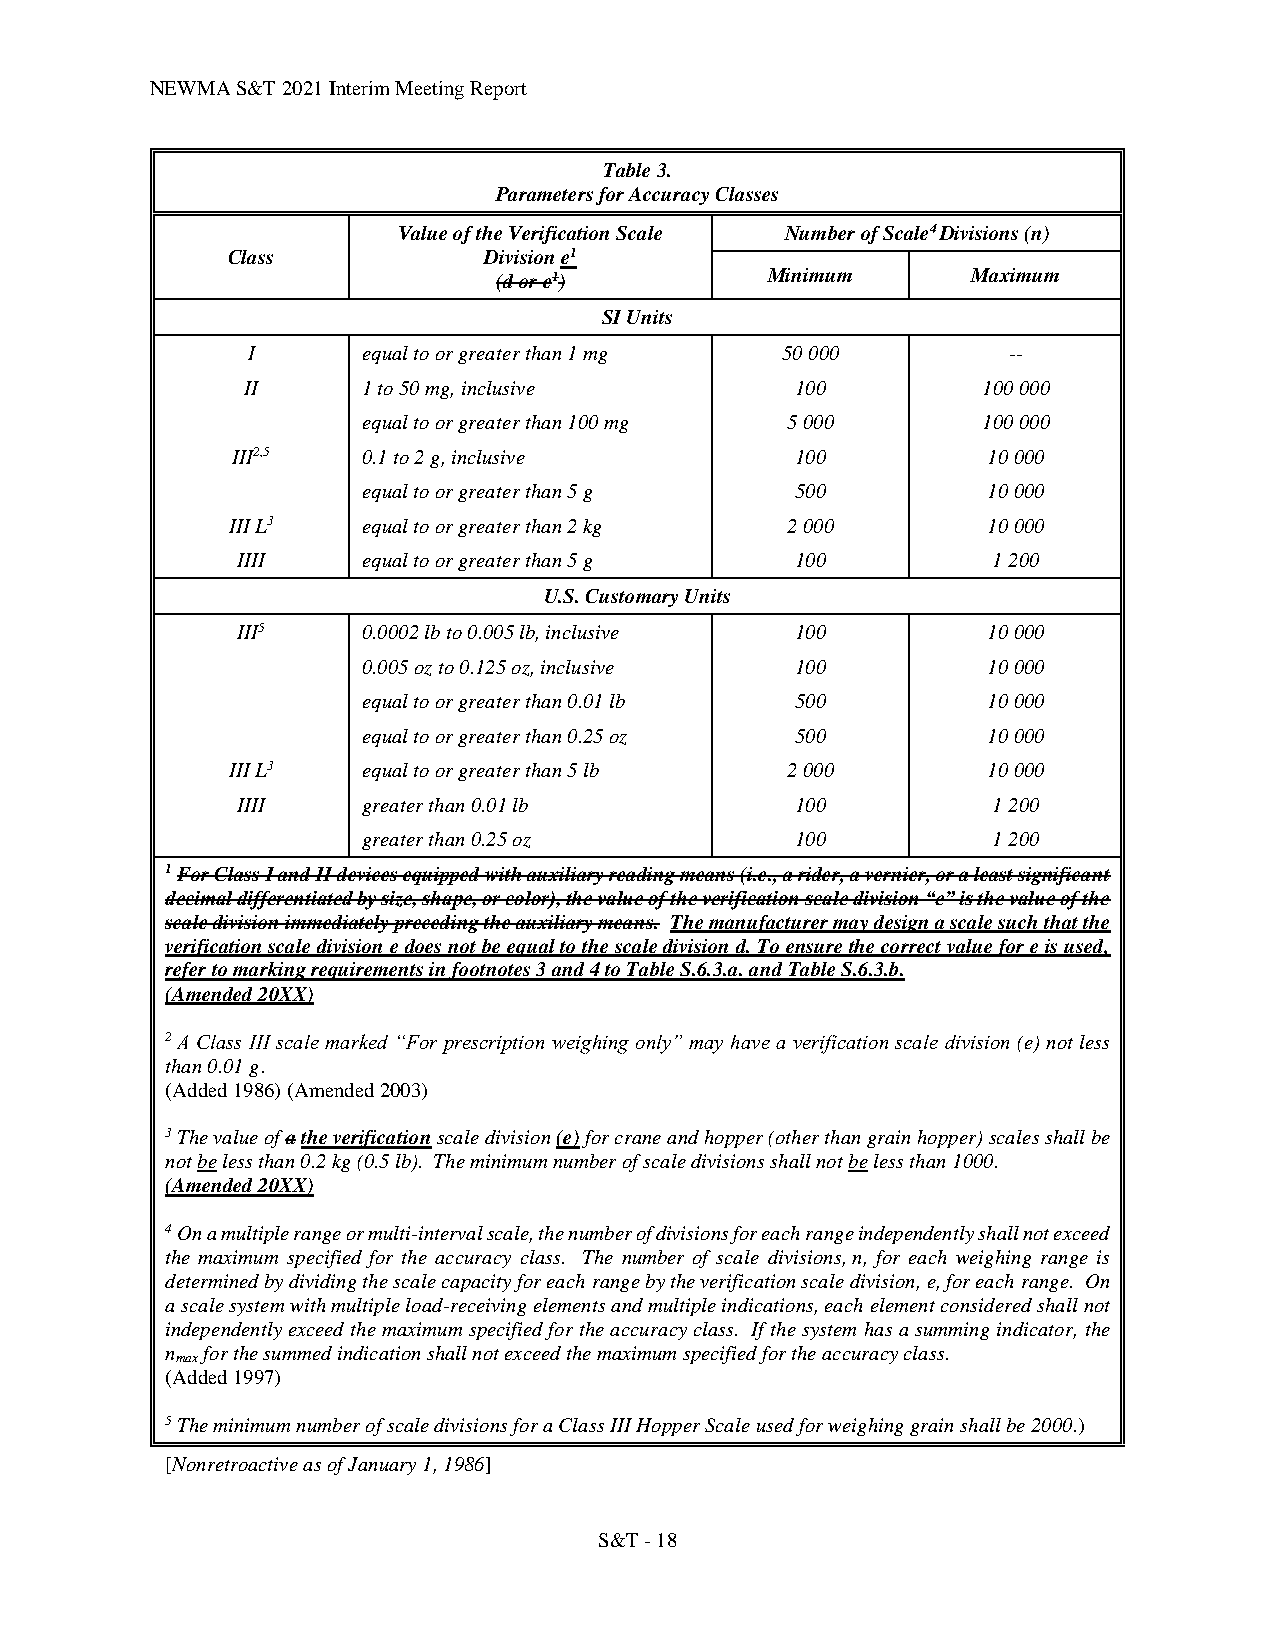
NEWMA S&T 2021 Interim Meeting Report
 Table 3.
 Parameters for Accuracy Classes
 Value of the Verification Scale Number of Scale4 Divisions (n)
 Class            Division e1
 (d or e1)         Minimum      Maximum
 SI Units
 I       equal to or greater than 1 mg 50 000       --
 II      1 to 50 mg, inclusive        100         100 000
 equal to or greater than 100 mg 5 000    100 000
 III2,5   0.1 to 2 g, inclusive        100         10 000
 equal to or greater than 5 g 500         10 000
 III L3   equal to or greater than 2 kg 2 000      10 000
 IIII    equal to or greater than 5 g 100          1 200
 U.S. Customary Units
 III5    0.0002 lb to 0.005 lb, inclusive 100     10 000
 0.005 oz to 0.125 oz, inclusive 100      10 000
 equal to or greater than 0.01 lb 500     10 000
 equal to or greater than 0.25 oz 500     10 000
 III L3   equal to or greater than 5 lb 2 000      10 000
 IIII    greater than 0.01 lb         100          1 200
 greater than 0.25 oz         100          1 200
 1 For Class I and II devices equipped with auxiliary reading means (i.e., a rider, a vernier, or a least significant
 decimal differentiated by size, shape, or color), the value of the verification scale division “e” is the value of the
 scale division immediately preceding the auxiliary means. The manufacturer may design a scale such that the
 verification scale division e does not be equal to the scale division d. To ensure the correct value for e is used,
 refer to marking requirements in footnotes 3 and 4 to Table S.6.3.a. and Table S.6.3.b.
 (Amended 20XX)
 2 A Class III scale marked “For prescription weighing only” may have a verification scale division (e) not less
 than 0.01 g.
 (Added 1986) (Amended 2003)
 3 The value of a the verification scale division (e) for crane and hopper (other than grain hopper) scales shall be
 not be less than 0.2 kg (0.5 lb). The minimum number of scale divisions shall not be less than 1000.
 (Amended 20XX)
 4 On a multiple range or multi-interval scale, the number of divisions for each range independently shall not exceed
 the maximum specified for the accuracy class. The number of scale divisions, n, for each weighing range is
 determined by dividing the scale capacity for each range by the verification scale division, e, for each range. On
 a scale system with multiple load-receiving elements and multiple indications, each element considered shall not
 independently exceed the maximum specified for the accuracy class. If the system has a summing indicator, the
 n for the summed indication shall not exceed the maximum specified for the accuracy class.
 max
 (Added 1997)
 5 The minimum number of scale divisions for a Class III Hopper Scale used for weighing grain shall be 2000.)
 [Nonretroactive as of January 1, 1986]
 S&T - 18